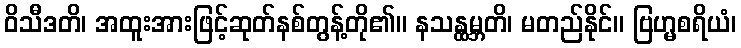
ဝိသီဒတိ၊ အထူးအားဖြင့်ဆုတ်နစ်တွန့်တို၏။ နသန္ထမ္ဘတိ၊ မတည်နိုင်။ ဗြဟ္မစရိယံ၊